Medical and sanitary report on the native army of Bombay for the year
Year: 1877
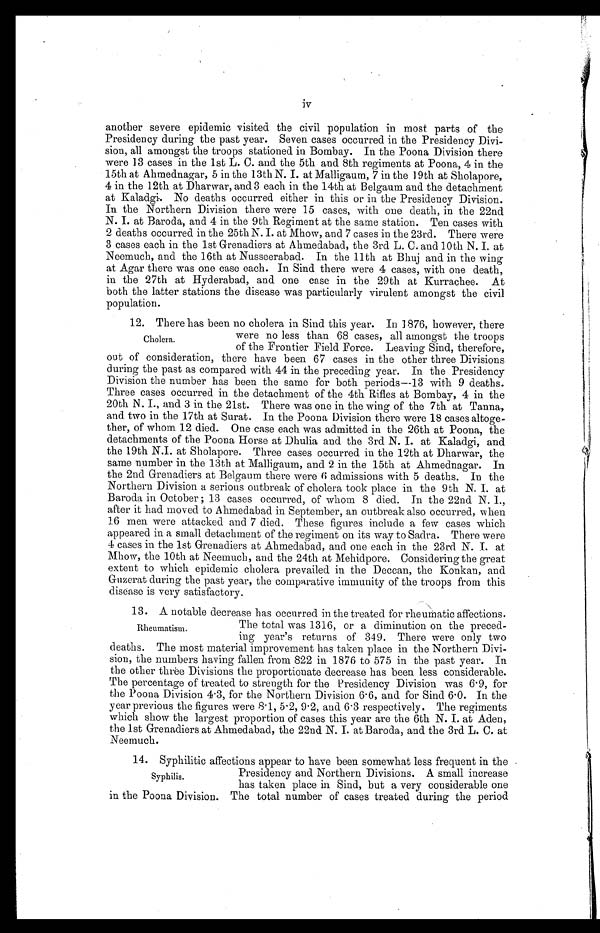
iv
another severe epidemic visited the civil population in most parts of the
Presidency during the past year. Seven cases occurred in the Presidency Divi
-sion, all amongst the troops stationed in Bombay. In the Poona Division there
were 13 cases in the 1st L. C. and the 5th and 8th regiments at Poona, 4 in the
15th at Ahmednagar, 5 in the 13th N. I. at Malligaum, 7 in the 19th at Sholapore,
4 in the 12th at Dharwar, and 3 each in the 14th at Belgaum and the detachment
at Kaladgi. No deaths occurred either in this or in the Presidency Division.
In the Northern Division there were 15 cases, with one death, in the 22nd
N. I. at Baroda, and 4 in the 9th Regiment at the same station. Ten cases with
2 deaths occurred in the 25th N. I. at Mhow, and 7 cases in the 23rd. There were
3 cases each in the 1st Grenadiers at Ahmedabad, the 3rd L. C. and 10th N. I. at
Neemuch, and the 16th at Nusseerabad. In the 11th at Bhuj and in the wing
at Agar there was one case each. In Sind there were 4 cases, with one death,
in the 27th at Hyderabad, and one case in the 29th at Kurrachee. At
both the latter stations the disease was particularly virulent amongst the civil
population.
12. There has been no cholera in Sind this year. In 1876, however, there
were no less than 68 cases, all amongst the troops
of the Frontier Field Force. Leaving Sind, therefore,
out of consideration, there have been 67 cases in the other three Divisions
during the past as compared with 44 in the preceding year. In the Presidency
Division the number has been the same for both periods—13 with 9 deaths.
Three cases occurred in the detachment of the 4th Rifles at Bombay, 4 in the
20th N. I., and 3 in the 21st. There was one in the wing of the 7th at Tanna,
and two in the 17th at Surat. In the Poona Division there were 18 cases altoge
-ther, of whom 12 died. One case each was admitted in the 26th at Poona, the
detachments of the Poona Horse at Dhulia and the 3rd N. I. at Kaladgi, and
the 19th N.I. at Sholapore. Three cases occurred in the 12th at Dharwar, the
same number in the 13th at Malligaum, and 2 in the 15th at Ahmednagar. In
the 2nd Grenadiers at Belgaum there were 6 admissions with 5 deaths. In the
Northern Division a serious outbreak of cholera took place in the 9th N. I. at
Baroda in October; 13 cases occurred, of whom 8 died. In the 22nd N. I.,
after it had moved to Ahmedabad in September, an outbreak also occurred, when
16 men were attacked and 7 died. These figures include a few cases which
appeared in a small detachment of the regiment on its way to Sadra. There were
4 cases in the 1st Grenadiers at Ahmedabad, and one each in the 23rd N. I. at
Mhow, the 10th at Neemuch, and the 24th at Mehidpore. Considering the great
extent to which epidemic cholera prevailed in the Deccan, the Konkan, and
Guzerat during the past year, the comparative immunity of the troops from this
disease is very satisfactory.
13. A notable decrease has occurred in the treated for rheumatic affections.
The total was 1316, or a diminution on the preced
-ing year's returns of 349. There were only two
deaths. The most material improvement has taken place in the Northern Divi
-sion, the numbers having fallen from 822 in 1876 to 575 in the past year. In
the other three Divisions the proportionate decrease has been less considerable.
The percentage of treated to strength for the Presidency Division was 6.9, for
the Poona Division 4.3, for the Northern Division 6.6, and for Sind 6.0. In the
year previous the figures were 8.1, 5.2, 9.2, and 6.3 respectively. The regiments
which show the largest proportion of cases this year are the 6th N. I. at Aden,
the 1st Grenadiers at Ahmedabad, the 22nd N. I. at Baroda, and the 3rd L. C. at
Neemuch.
Cholera.
Rheumatism.
14. Syphilitic affections appear to have been somewhat less frequent in the
Presidency and Northern Divisions. A small increase
has taken place in Sind, but a very considerable one
in the Poona Division. The total number of cases treated during the period
Syphilis.